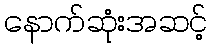
နောက်ဆုံးအဆင့်